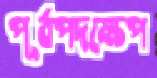
পূর্বপদক্ষেপ